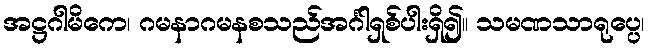
အဋ္ဌဂါမိကေ၊ ဂမနာဂမနစသည်အင်္ဂါရှစ်ပါးရှိ၍။ သမဏသာရုပ္ပေ၊